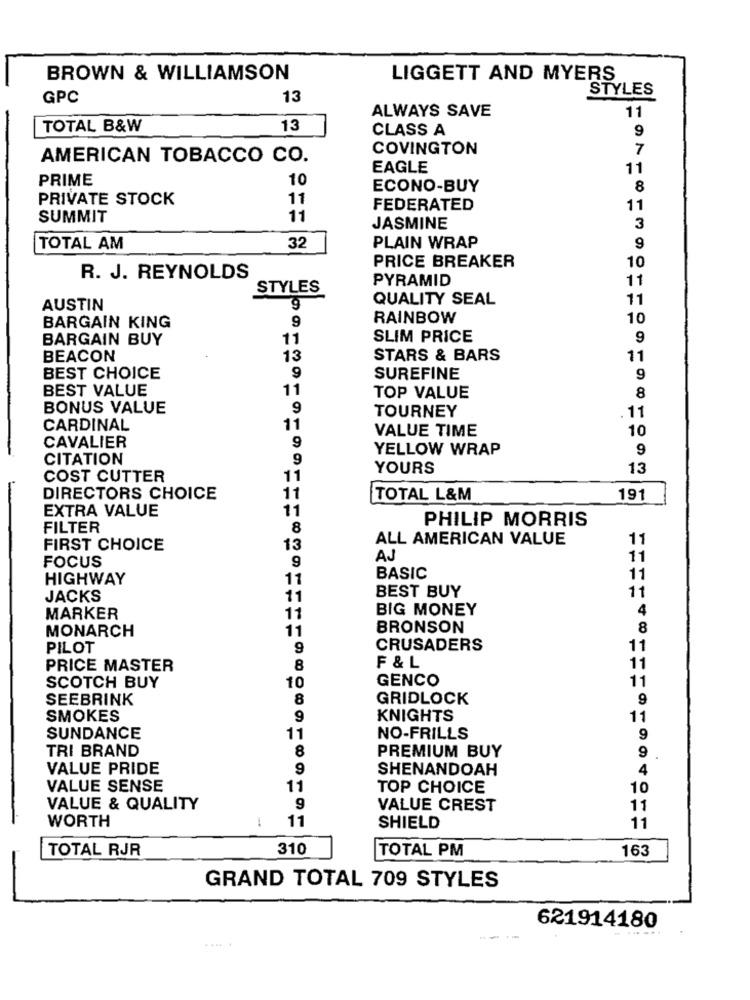
BROWN & WILLIAMSON
LIGGETT AND MYERS
STYLES
GPC
13
ALWAYS SAVE
11
TOTAL B&W
13
CLASS A
9
COVINGTON
7
AMERICAN TOBACCO CO.
EAGLE
11
PRIME
10
ECONO-BUY
8
PRIVATE STOCK
11
FEDERATED
11
SUMMIT
11
JASMINE
3
TOTAL AM
32
PLAIN WRAP
9
10
PRICE BREAKER
R. J. REYNOLDS
PYRAMID
11
STYLES
QUALITY SEAL
11
AUSTIN
RAINBOW
10
BARGAIN KING
9
BARGAIN BUY
11
SLIM PRICE
9
BEACON
13
STARS & BARS
11
BEST CHOICE
9
SUREFINE
9
BEST VALUE
11
8
TOP VALUE
BONUS VALUE
9
11
TOURNEY
CARDINAL
11
VALUE TIME
10
CAVALIER
9
YELLOW WRAP
9
CITATION
9
YOURS
13
COST CUTTER
11
DIRECTORS CHOICE
11
TOTAL L&M
191
EXTRA VALUE
11
PHILIP MORRIS
FILTER
8
ALL AMERICAN VALUE
11
FIRST CHOICE
13
FOCUS
AJ
11
9
HIGHWAY
11
BASIC
11
BEST BUY
11
JACKS
11
BIG MONEY
4
MARKER
11
11
BRONSON
8
MONARCH
PILOT
9
CRUSADERS
11
PRICE MASTER
8
F & L
11
SCOTCH BUY
GENCO
11
10
SEEBRINK
8
GRIDLOCK
9
SMOKES
9
KNIGHTS
11
SUNDANCE
11
NO-FRILLS
9
TRI BRAND
8
PREMIUM BUY
9
VALUE PRIDE
9
SHENANDOAH
4
VALUE SENSE
11
TOP CHOICE
10
VALUE & QUALITY
9
VALUE CREST
11
11
WORTH
-
SHIELD
11
TOTAL RJR
310
TOTAL PM
163
GRAND TOTAL 709 STYLES
621914180